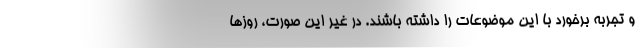
و تجربه برخورد با این موضوعات را داشته باشند. در غیر این صورت، روزها